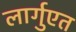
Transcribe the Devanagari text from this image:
लार्गुएत